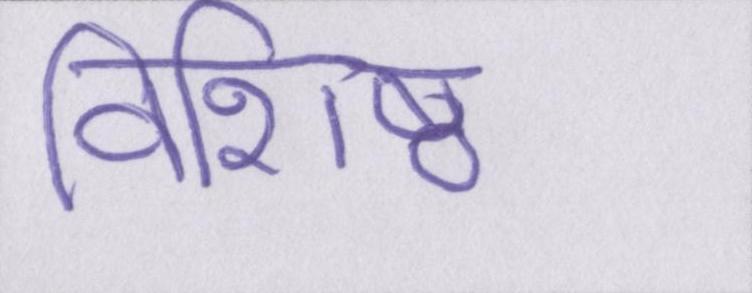
विशिष्ठ